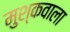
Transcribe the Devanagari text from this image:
मुश्कवाला